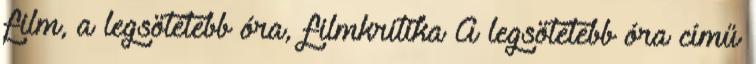
film, a legsötétebb óra, filmkritika A legsötétebb óra című